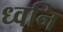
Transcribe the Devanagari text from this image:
ध्‍वनि